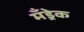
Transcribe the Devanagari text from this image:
मँड्रेक